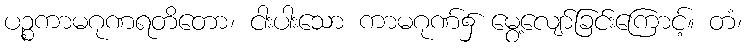
ပဉ္စကာမဂုဏရတိတော၊ ငါးပါးသော ကာမဂုဏ်၌ မွေ့လျော်ခြင်းကြောင့်။ တံ၊